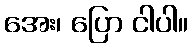
အေး၊ ပြော ငါပါ။